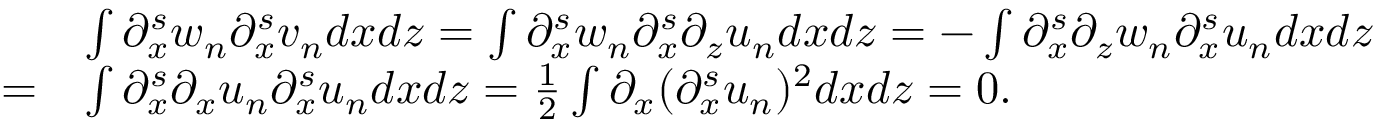
\begin{array} { r l } & { \int \partial _ { x } ^ { s } w _ { n } \partial _ { x } ^ { s } v _ { n } d x d z = \int \partial _ { x } ^ { s } w _ { n } \partial _ { x } ^ { s } \partial _ { z } u _ { n } d x d z = - \int \partial _ { x } ^ { s } \partial _ { z } w _ { n } \partial _ { x } ^ { s } u _ { n } d x d z } \\ { = } & { \int \partial _ { x } ^ { s } \partial _ { x } u _ { n } \partial _ { x } ^ { s } u _ { n } d x d z = \frac 1 2 \int \partial _ { x } ( \partial _ { x } ^ { s } u _ { n } ) ^ { 2 } d x d z = 0 . } \end{array}